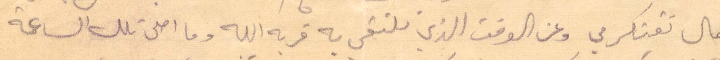
عمال تفتكر في وعن الوقت الذي نلتقي بخ قربه الله وما احلى تلك الساعة